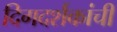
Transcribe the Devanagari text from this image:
दिगदर्शकांची